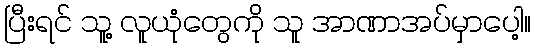
ပြီးရင် သူ့ လူယုံတွေကို သူ အာဏာအပ်မှာပေါ့။